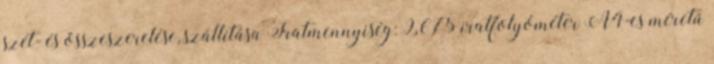
szét- és összeszerelése, szállítása Iratmennyiség: 9.675 iratfolyóméter A4-es méretű